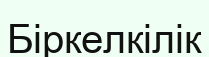
Біркелкілік